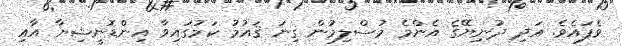
ވެފައެވެ. އަދި ދުނިޔޭގެ އެންމެ މުސްލިމުން ގިނަ ޤައުމު ކަމުގައިވާ އިންޑޮނީޝިޔާ އާއި